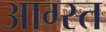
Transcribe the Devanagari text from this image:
आग्स्त